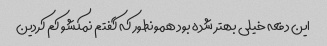
این دفعه خیلی بهتر شده بود همونطور که گفتم نمکشو کم کردین